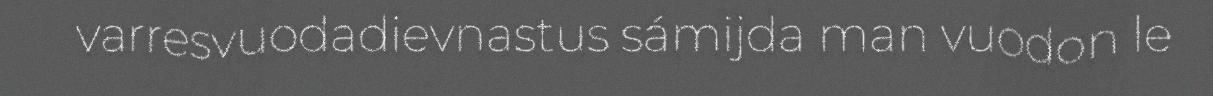
varresvuodadievnastus sámijda man vuodon le